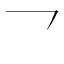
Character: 乛